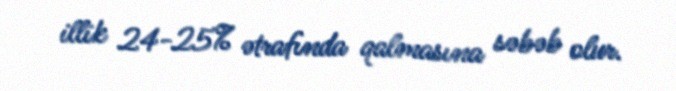
illik 24-25% ətrafında qalmasına səbəb olur.